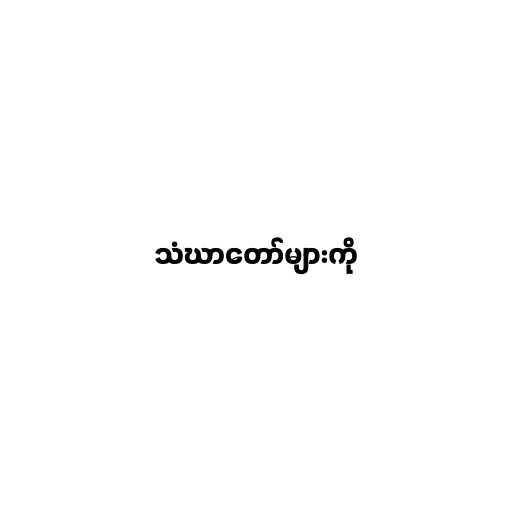
သံဃာတော်များကို